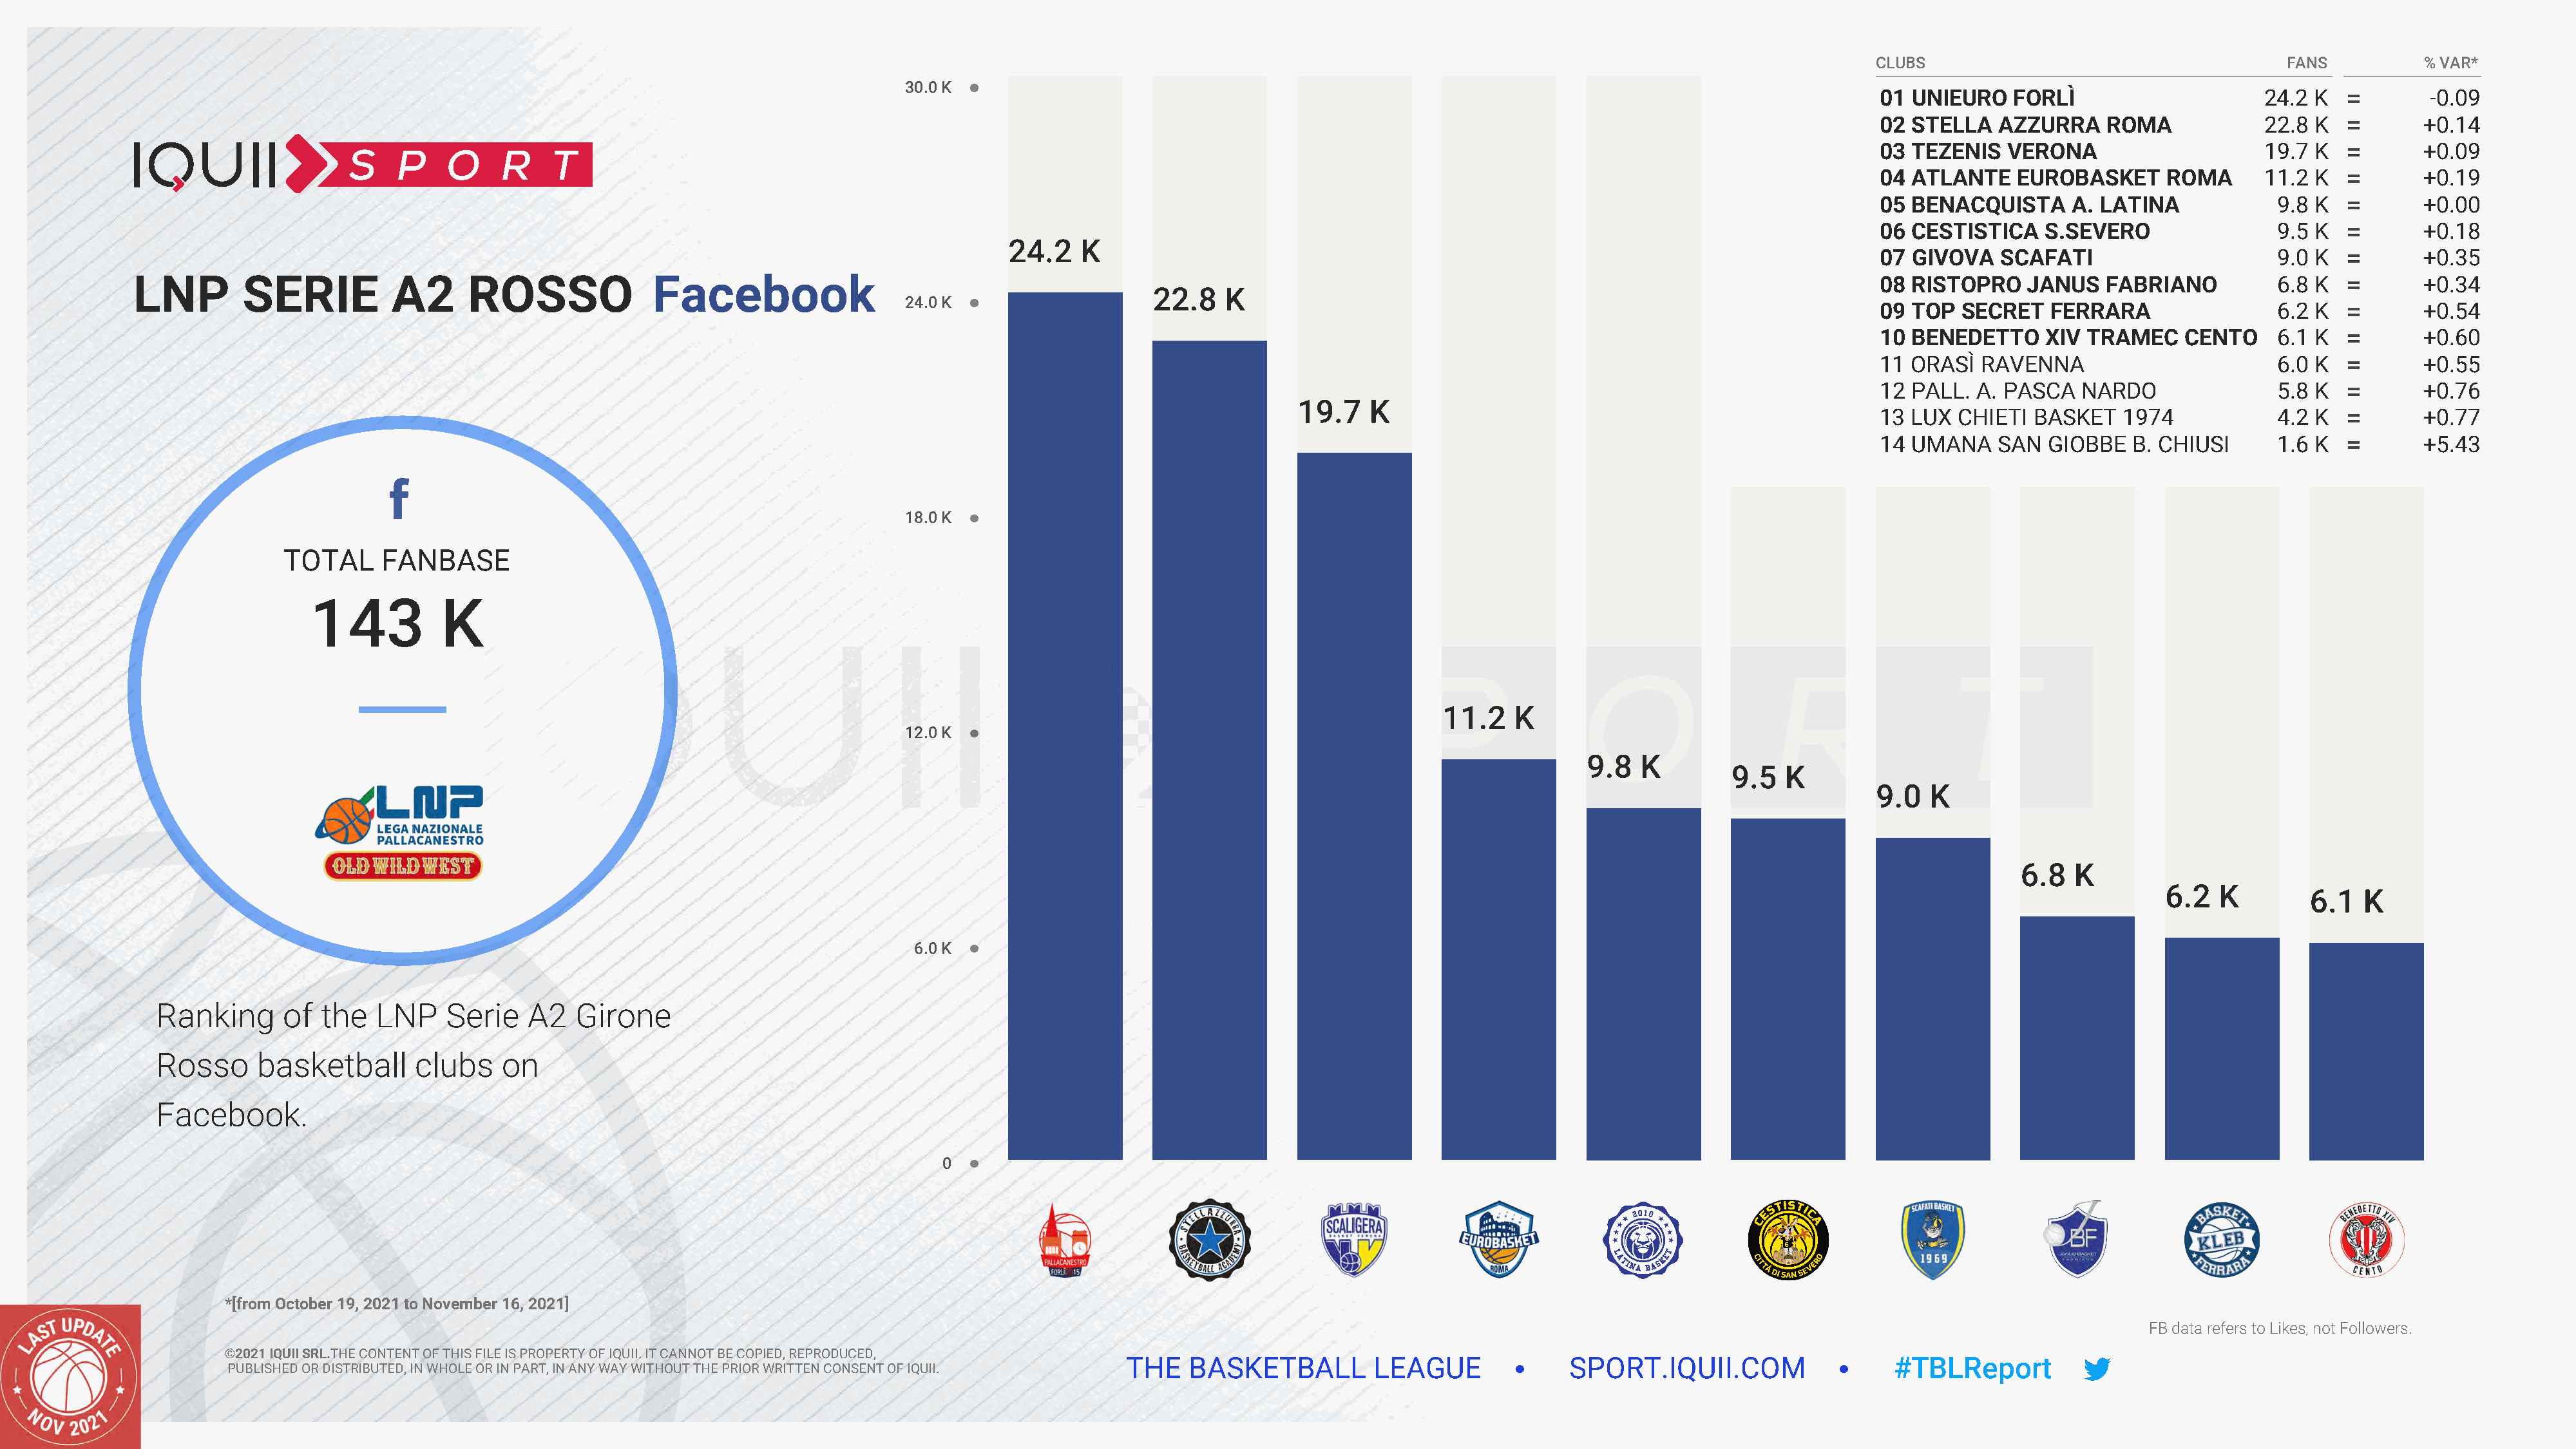
CLUBS                                     FANS          % VAR*
 30.0 K
 01 UNIEURO    FORLÌ                     24.2 K           -0.09
 02 STELLA   AZZURRA    ROMA             22.8 K          +0.14
 03 TEZENIS   VERONA                     19.7 K          +0.09
 04 ATLANTE    EUROBASKET      ROMA      11.2 K          +0.19
 05 BENACQUISTA      A. LATINA            9.8 K          +0.00
 06 CESTISTICA    S.SEVERO                9.5 K          +0.18
 24.2   K
 07 GIVOVA    SCAFATI                     9.0 K          +0.35
 LNP        SERIE          A2      ROSSO              Facebook                                                                                                                      08 RISTOPRO    JANUS   FABRIANO          6.8 K          +0.34
 22.8    K
 24.0 K
 09 TOP   SECRET   FERRARA                6.2 K          +0.54
 10 BENEDETTO     XIV TRAMEC    CENTO     6.1 K          +0.60
 11 ORASÌ   RAVENNA                       6.0 K          +0.55
 12 PALL.  A. PASCA   NARDO               5.8 K          +0.76
 19.7    K
 13 LUX  CHIETI  BASKET   1974            4.2 K          +0.77
 14 UMANA    SAN  GIOBBE   B. CHIUSI      1.6 K          +5.43
 18.0 K
 TOTAL     FANBASE
 143          K
 11.2    K
 12.0 K
 9.8   K
 9.5  K
 9.0  K
 6.8  K
 6.2   K
 6.1   K
 6.0 K
 Ranking      of  the   LNP    Serie   A2   Girone
 Rosso     basketball       clubs    on
 Facebook.
 0
 *[from October 19, 2021 to November 16, 2021]
 FB data refers to Likes, not Followers.
 ©2021 IQUII SRL.THE CONTENT OF THIS FILE IS PROPERTY OF IQUII. IT CANNOT BE COPIED, REPRODUCED,
 THE   BASKETBALL         LEAGUE              SPORT.IQUII.COM                   #TBLReport
 PUBLISHED OR DISTRIBUTED, IN WHOLE OR IN PART, IN ANY WAY WITHOUT THE PRIOR WRITTEN CONSENT OF IQUII.